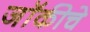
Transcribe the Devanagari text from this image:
जॉकीचे